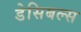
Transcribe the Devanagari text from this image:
डेसिबल्स